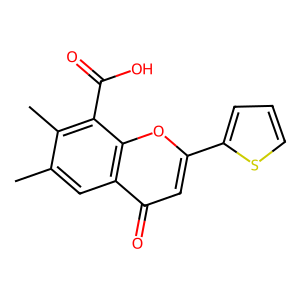
SMILES: Cc1cc2c(=O)cc(-c3cccs3)oc2c(C(=O)O)c1C
Inhibits HIV replication: No